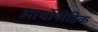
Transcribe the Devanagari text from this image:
आर्थोपीडिक